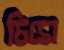
চিমে